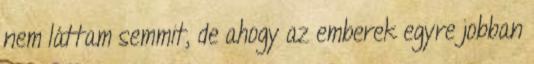
nem láttam semmit, de ahogy az emberek egyre jobban